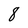
Character: 8